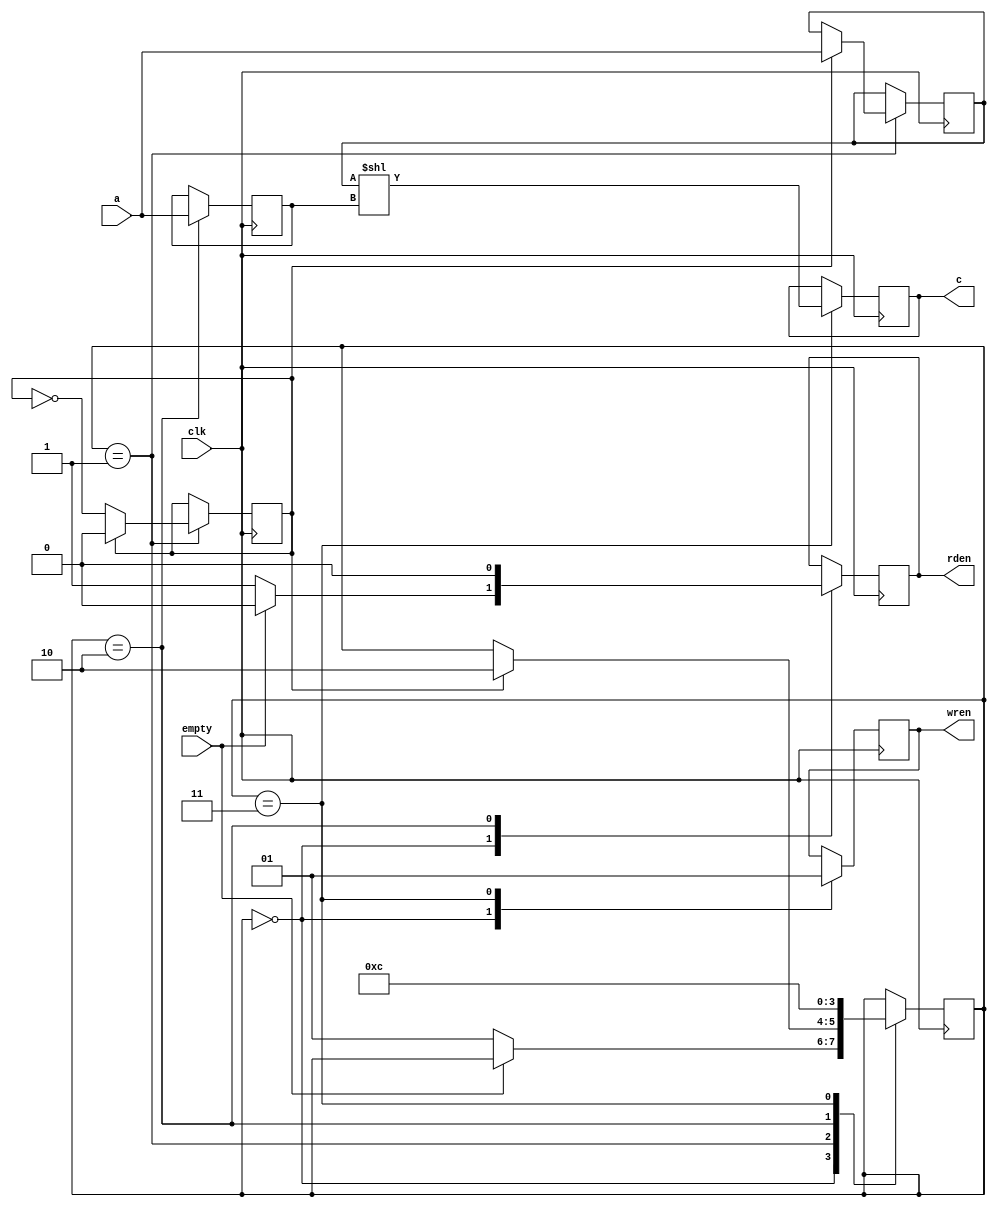
module shift (
    input                               clk,
    input [RAH_PACKET_WIDTH-1:0]        a,
    input                               empty,

    output reg [RAH_PACKET_WIDTH-1:0]   c = 0,
    output reg                          rden = 0,
    output reg                          wren = 0
);

parameter RAH_PACKET_WIDTH = 48;

localparam IDLE = 2'd0;
localparam NEXT = 2'd1;
localparam LB = 2'd2;
localparam ADD = 2'd3;

reg [RAH_PACKET_WIDTH-1:0] da = 0;
reg [RAH_PACKET_WIDTH-1:0] db = 0;
reg r_wait = 0;
reg [1:0] state = IDLE;

always @(posedge clk) begin
    case (state)
        IDLE: begin
            wren <= 0;
            rden <= 0;

            if (!empty) begin
               rden <= 1;
               state <= NEXT;
            end
        end

        NEXT: begin
            if (r_wait) begin
                da <= a;
                state <= LB;
                r_wait <= 0;
            end else begin
                r_wait <= ~r_wait;
            end
        end

        LB: begin
            db <= a;
            rden <= 0;
            state <= ADD;
        end

        ADD: begin
            c <= (da << db);
            wren <= 1;
            state <= IDLE;
        end
    endcase
end

endmodule